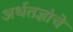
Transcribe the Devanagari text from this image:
अर्थतज्ञांचे